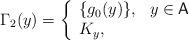
LaTeX: \begin{align*} \Gamma_2(y) = \left\{ \begin{array}{ll} \{ g_0(y) \}, & y \in \mathsf A\\ K_y, & \end{array} \right. \end{align*}